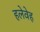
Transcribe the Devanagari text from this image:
हलेवेह